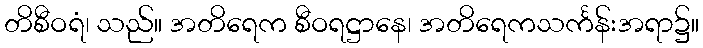
တိစီဝရံ၊ သည်။ အတိရေက စီဝရဋ္ဌာနေ၊ အတိရေကသင်္ကန်းအရာ၌။